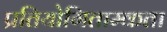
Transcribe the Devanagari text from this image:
प्रतियोगिताम्कता